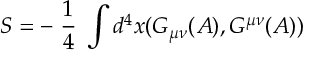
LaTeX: S = - \; \frac { 1 } { 4 } \; \int d ^ { 4 } x ( G _ { \mu \nu } ( A ) , G ^ { \mu \nu } ( A ) )